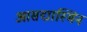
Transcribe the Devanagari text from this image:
आसद्यास्मिन